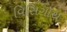
વિસિગૉથ